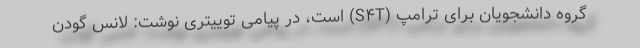
گروه دانشجویان برای ترامپ (S۴T) است، در پیامی توییتری نوشت: لانس گودن